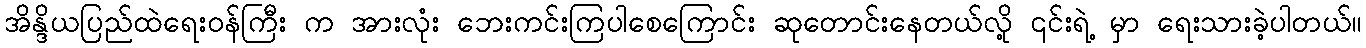
အိန္ဒိယပြည်ထဲရေးဝန်ကြီး က အားလုံး ဘေးကင်းကြပါစေကြောင်း ဆုတောင်းနေတယ်လို့ ၎င်းရဲ့ မှာ ရေးသားခဲ့ပါတယ်။